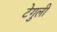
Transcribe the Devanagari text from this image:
टेगुली